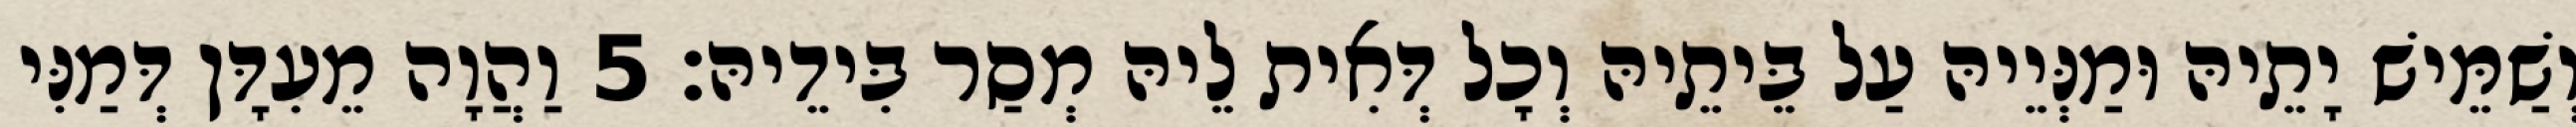
וְשַׁמֵּישׁ יָתֵיהּ וּמַנְּיֵיהּ עַל בֵּיתֵיהּ וְכָל דְּאִית לֵיהּ מְסַר בִּידֵיהּ׃ 5 וַהֲוָה מֵעִדָּן דְּמַנִּי